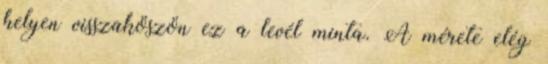
helyen visszaköszön ez a levél minta. A mérete elég